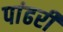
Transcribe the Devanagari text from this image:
पांढरीं